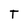
Character: T